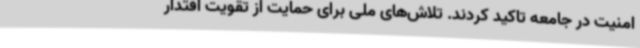
امنیت در جامعه تاکید کردند. تلاش‌های ملی برای حمایت از تقویت اقتدار